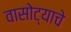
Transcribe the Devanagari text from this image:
वासोट्याचे